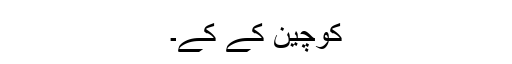
کوچین کے کے۔